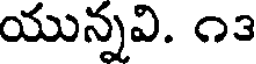
యున్నవి. ౧౩